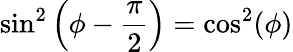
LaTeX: \sin^{2}\left(\phi-\frac{\pi}{2}\right)=\cos^{2}(\phi)